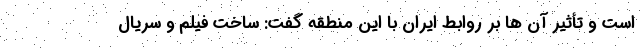
است و تأثیر آن ها بر روابط ایران با این منطقه گفت: ساخت فیلم و سریال